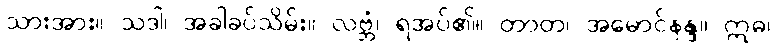
သားအား။ သဒါ၊ အခါခပ်သိမ်း။ လဗ္ဘံ၊ ရအပ်၏။ တာတ၊ အမောင်နန္ဒ။ ဣဓ၊